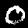
Label: 0